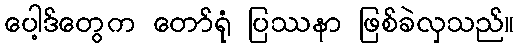
ပေါ့ဒ်တွေက တော်ရုံ ပြဿနာ ဖြစ်ခဲလှသည်။